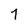
Character: 7